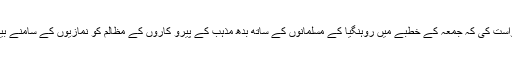
ان سے درخواست کی کہ جمعہ کے خطبے میں روہنگیا کے مسلمانوں کے ساتھ بدھ مذہب کے پیرو کاروں کے مظالم کو نمازیوں کے سامنے بیان کیا جائے۔